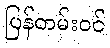
ပြန်တမ်းဝင်